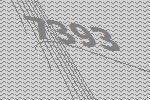
7393